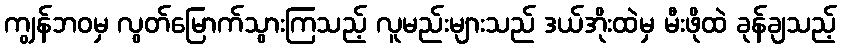
ကျွန်ဘဝမှ လွတ်မြောက်သွားကြသည့် လူမည်းများသည် ဒယ်အိုးထဲမှ မီးဖိုထဲ ခုန်ချသည့်